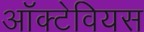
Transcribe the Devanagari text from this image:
ऑक्टेवियस